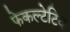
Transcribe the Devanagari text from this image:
फेकल्टेटिव